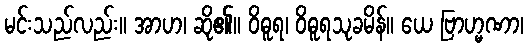
မင်းသည်လည်း။ အာဟ၊ ဆို၏။ ဝိဓူရ၊ ဝိဓူရသုခမိန်။ ယေ ဗြာဟ္မဏာ၊